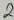
Text: 2